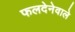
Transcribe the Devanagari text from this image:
फलदेनेवाले